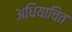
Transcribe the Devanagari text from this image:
अधियाचित